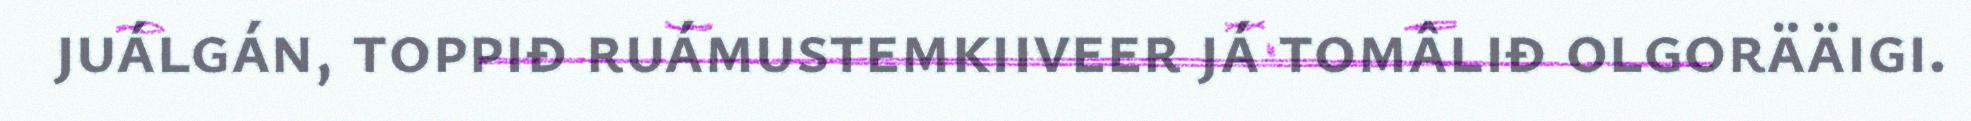
juálgán, toppiđ ruámustemkiiveer já tomâliđ olgorääigi.